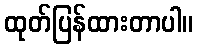
ထုတ်ပြန်ထားတာပါ။